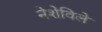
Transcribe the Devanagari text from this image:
नेशेविले